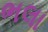
ભલા